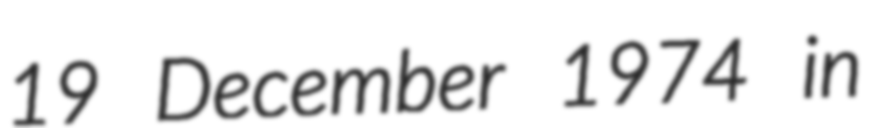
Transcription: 19 December 1974 in